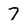
Character: 7